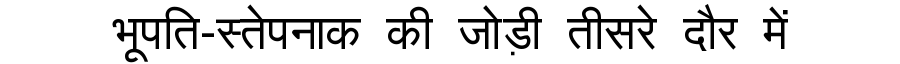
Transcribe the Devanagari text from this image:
भूपति-स्तेपनाक की जोड़ी तीसरे दौर में